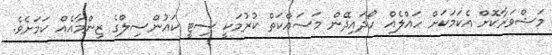
މަޝްވަރާކޮށް އެކަމަކަށް ހައްލެއް ހޯދައިދޭން މަސައްކަތް ކުރުމަކީ ސިޓީ ކައުންސިލްގެ ޒިންމާއެއް ކަމަށެވެ.